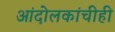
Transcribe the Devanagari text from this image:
आंदोलकांचीही